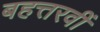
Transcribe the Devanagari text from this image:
बहत्तरवीं